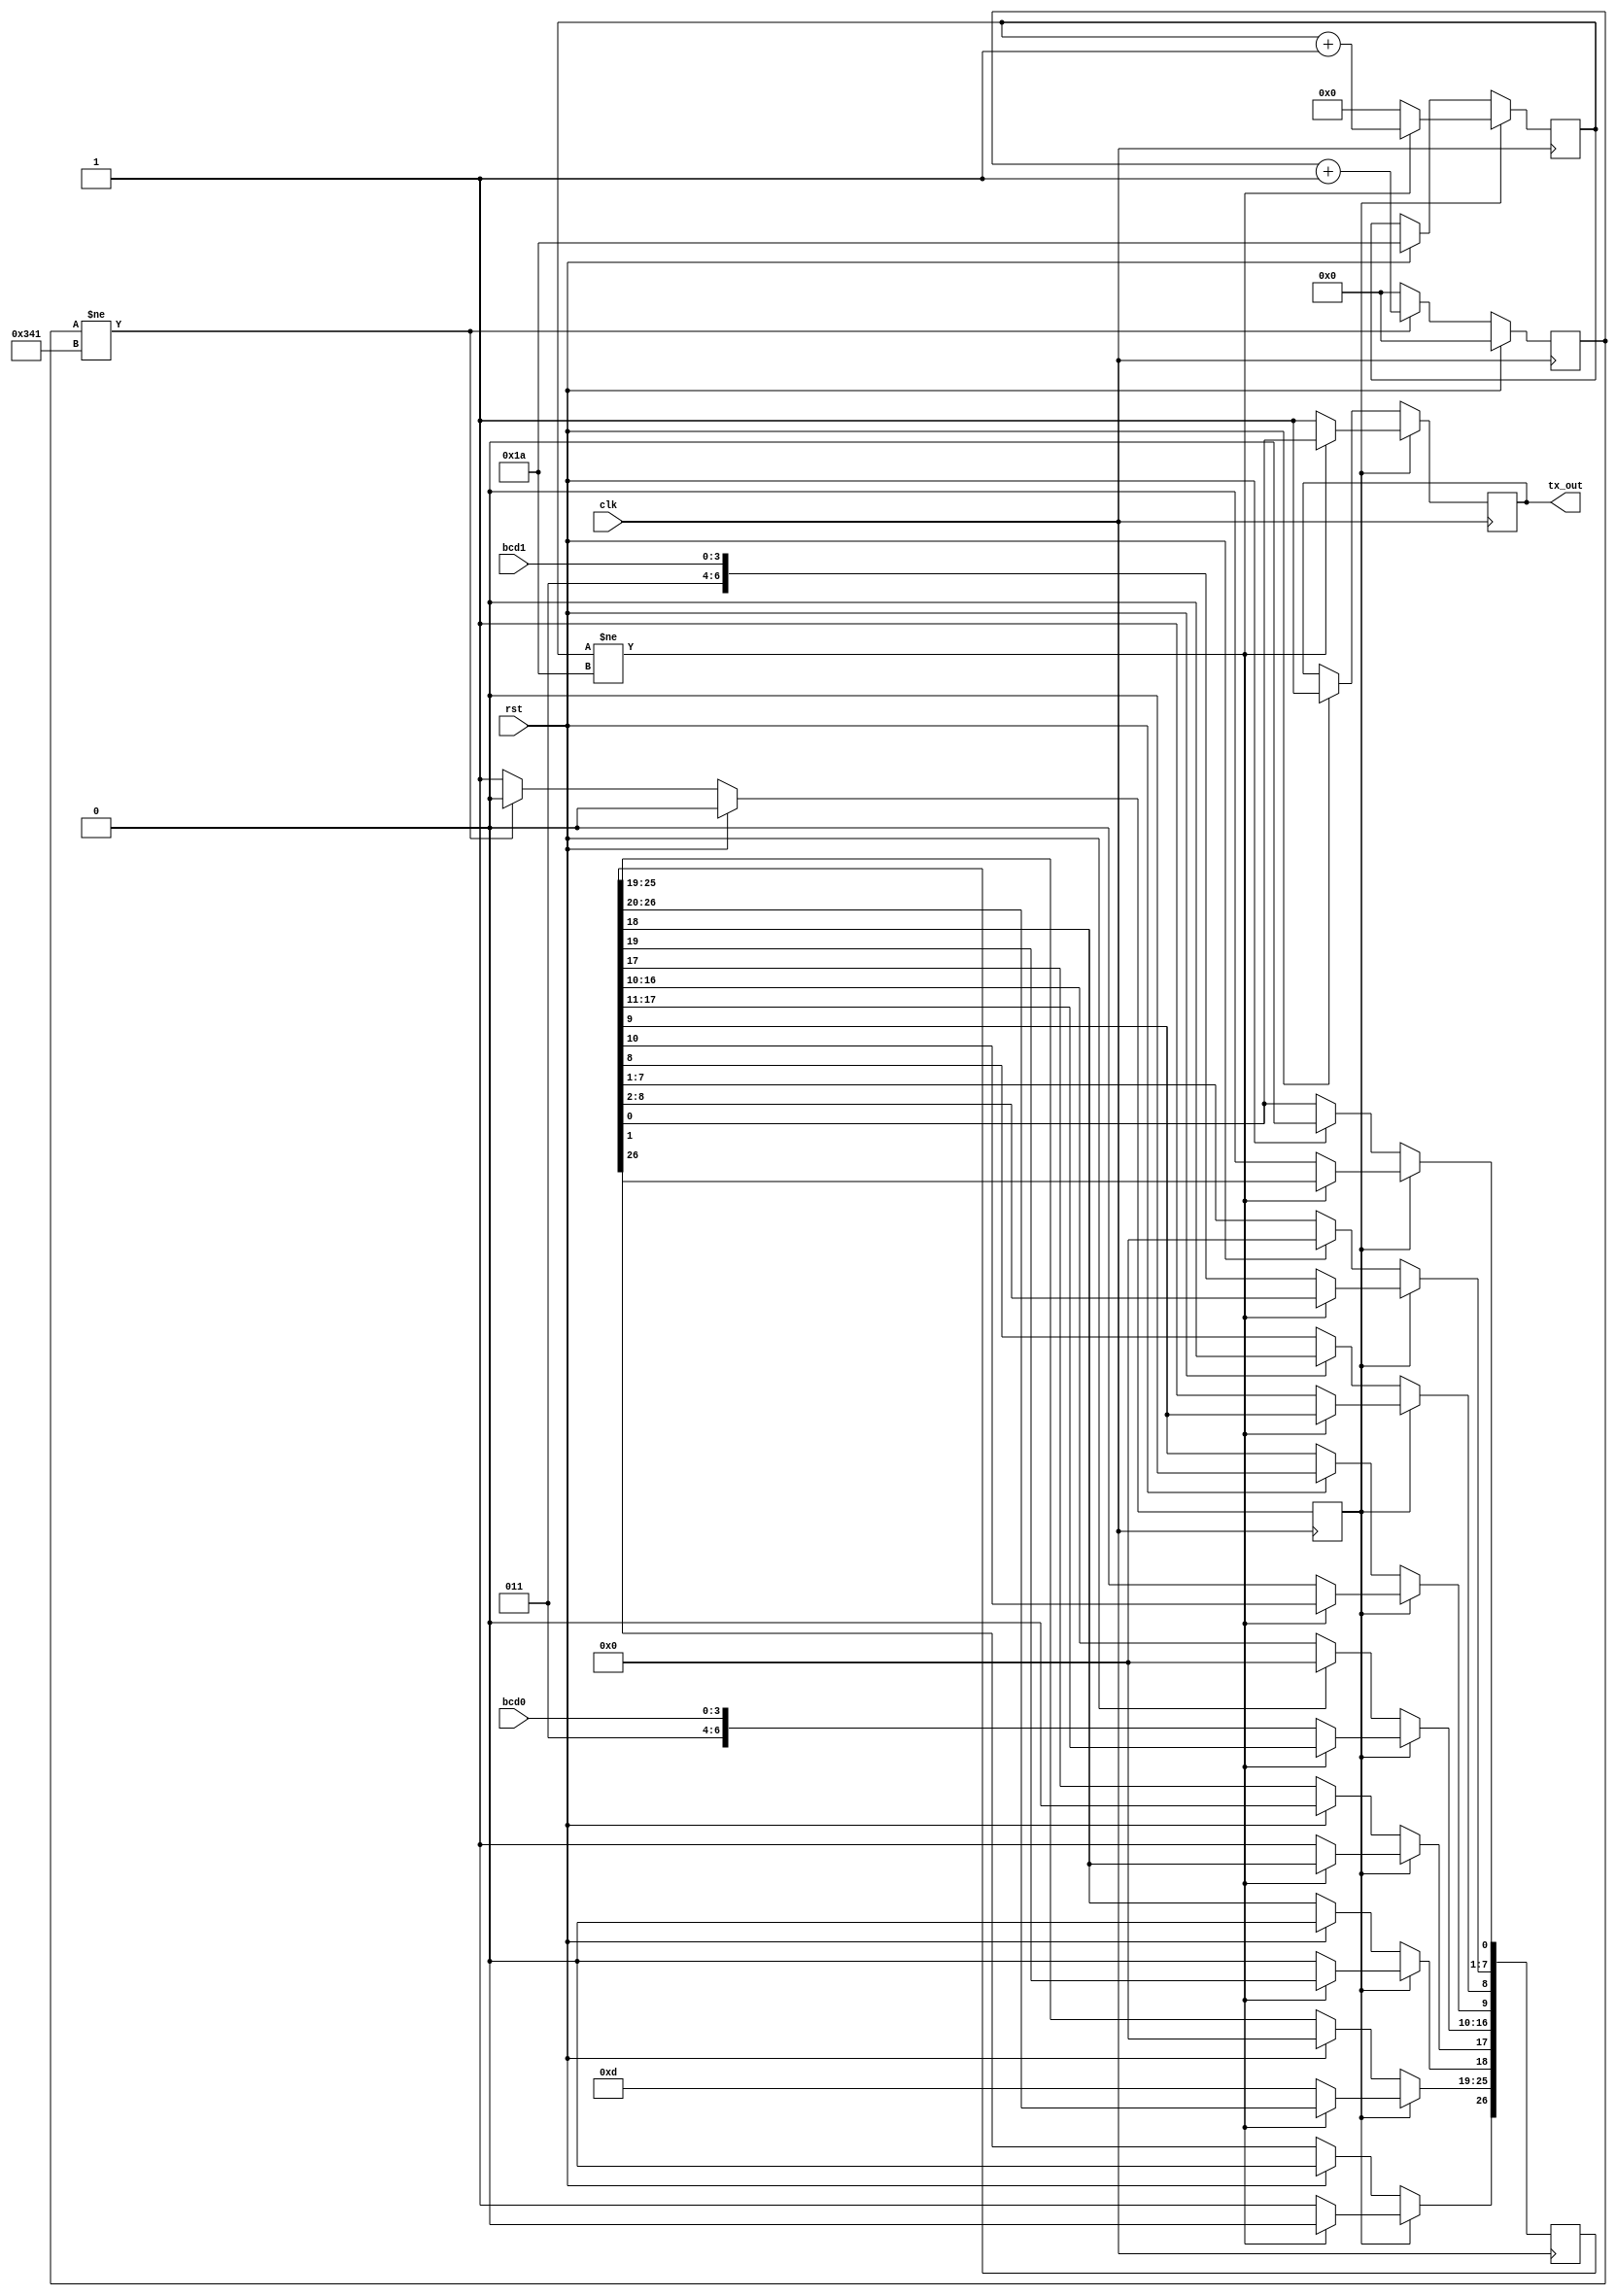
`timescale 1ns / 1ps
module uart(
  input clk,
  input rst,
  input [3:0] bcd0, //ketjegyu szam also helyiertek
  input [3:0] bcd1, //ketjegyu szam felso helyiertek
  output tx_out

);
reg [9:0] bd; //megfelelo bps-releosztashoz kello szam a szamlalonak, 2^9< 883 <2^10 ezert kell 10 bit
reg tx_en; //az utemgenerator kimeneti jele ami 19200Hz-es
reg [26:0] tx_shr; //3*9=27 bit, 9bit karakterenkent, ezert 27 hosszu regiszterben taroljuk a shiftelest
reg [4:0] tx_cntr; //Egyszeruen szamolja epp hanyadik bitnel tartunk, tudjuk mikor ertunk a vegere a shiftelesnek, 2^4< 27 <2^5 ezert 5 bit
reg out_reg; //kimeneti wire-t ehhez assignoljuk
assign tx_out = out_reg; //kimeneti wire assignolasa regiszterhez

always@(posedge clk) begin
  if(rst) begin //reset
    bd <= 0;
    tx_en <= 0;
    tx_shr <= 0;
    tx_cntr <= 26;
    out_reg <= 1;
  end
  else begin //Utemgeneratorral megfelelo frekvenciaju jel keszitese
    if(bd!=833) begin // 833: lasd hazi feladat 3. kiskerdes
      //szimulaciohoz bd-t 2-nek vettem
      bd <= bd + 1;
      tx_en <= 0;
    end
    else begin
      bd <= 0;
      tx_en <= 1;
    end
  end //azon blokk vege, amely megadja engedelyezo jel erteket (atlathatosag kedveert irtam ide)

if(tx_en) begin //Mintavet felfutas
  if(tx_cntr!=26) begin //ezesetben egyszeru shifteles
    out_reg <= tx_shr[0]; //kimenet beallitas, ami epp a shift regiszter 0. bitje

    tx_shr <= tx_shr >> 1; // shifteles
    tx_cntr <= tx_cntr + 1; // eggyel tobb bitet dolgoztunk fel
  end

  else begin
    tx_cntr <= 0; //0. bitnel jarunk innentol (kovetkezo kiirt bit a 0. bit lesz, kovetkezo ciklusban)

    out_reg <= 1; //kimeneten 1, ez az IDLE
    //Innentol shiftelunk, a kovetkezo 27 bitet egyesevel kiirosgatjuk ciklusonkent

    //Elso harom sor adja meg felso szamjegyet, masodik harom az also szamjegyet, aztan kocsi vissza

    tx_shr[0] <= 0; //startbit 0, mert elotte Idle 1
    tx_shr[7:1] <= {3'b011,bcd1[3:0]}; //felso 3 bit hexa 3, also negy bit a szamjegyunk, ASCIIben igy kapjuk meg azt a szamerteket amit szeretnenk
    tx_shr[8] <= 1; //stopbit
    tx_shr[9] <= 0; //start
    tx_shr[16:10]<= {3'b011,bcd0[3:0]}; //hasonloan mint felso jegy

    tx_shr[17] <= 1;
    tx_shr[18] <= 0;
    tx_shr[25:19] <= 7'b0001101; //kocsi-vissza: hexa 0x0d, a meresi utmutatoban igy volt megadva
    tx_shr[26] <= 1;

  end
 end
end //

endmodule